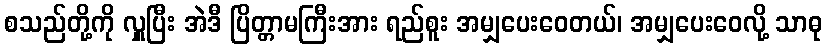
စသည်တို့ကို လှူပြီး အဲဒီ ပြိတ္တာမကြီးအား ရည်စူး အမျှပေးဝေတယ်၊ အမျှပေးဝေလို့ သာဓု